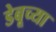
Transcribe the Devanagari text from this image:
डेबूच्या